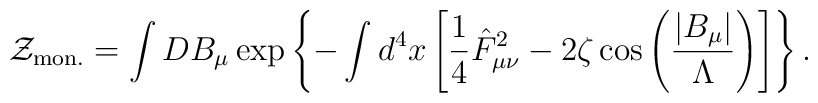
{\cal Z}_{\rm mon.}=\int DB_\mu\exp\left\{-\int d^4x\left[\frac14\hat F_{\mu\nu}^2-2\zeta\cos\left(\frac{\left|B_\mu\right|}{\Lambda}\right)\right]\right\}.